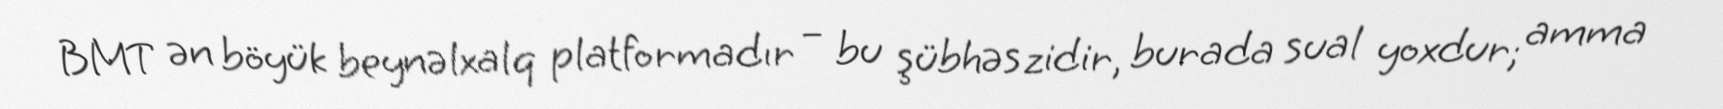
BMT ən böyük beynəlxalq platformadır – bu şübhəszidir, burada sual yoxdur; amma